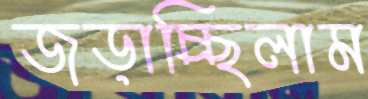
জড়াচ্ছিলাম